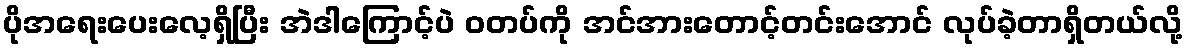
ပိုအရေးပေးလေ့ရှိပြီး အဲဒါကြောင့်ပဲ ဝတပ်ကို အင်အားတောင့်တင်းအောင် လုပ်ခဲ့တာရှိတယ်လို့